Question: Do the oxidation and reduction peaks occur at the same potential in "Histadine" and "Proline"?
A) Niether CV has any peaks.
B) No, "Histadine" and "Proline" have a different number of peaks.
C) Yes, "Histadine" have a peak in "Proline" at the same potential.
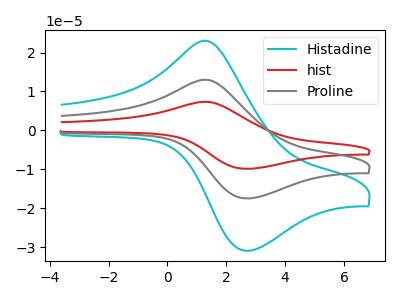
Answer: <think>The cyan curve "Histadine" has an anodic peak at (1.40V, 22.90uA) and a cathodic peak at (2.65V, -30.95uA). The red curve "hist" has an anodic peak at (1.40V, 25.85uA) and a cathodic peak at (2.65V, -34.95uA). The gray curve "Proline" has an anodic peak at (1.40V, 12.95uA) and a cathodic peak at (2.65V, -17.45uA).</think>
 <answer>C) Yes, "Histadine" have a peak in "Proline" at the same potential.</answer>
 <eval>C</eval>